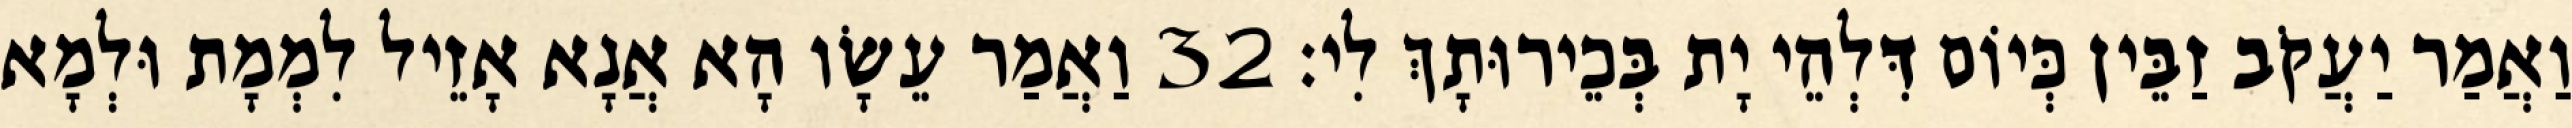
וַאֲמַר יַעֲקֹב זַבֵּין כְּיוֹם דִּלְהֵי יָת בְּכֵירוּתָךְ לִי׃ 32 וַאֲמַר עֵשָׂו הָא אֲנָא אָזֵיל לִמְמָת וּלְמָא